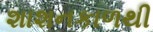
શાશનકાળથી